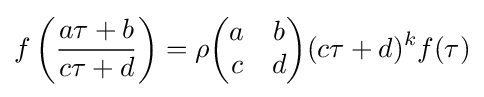
f\left({\frac {a\tau +b}{c\tau +d}}\right)=\rho {\begin{pmatrix}a&b\\c&d\end{pmatrix}}(c\tau +d)^{k}f(\tau )